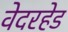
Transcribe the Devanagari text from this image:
वेदरहेड